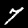
Digit: 7